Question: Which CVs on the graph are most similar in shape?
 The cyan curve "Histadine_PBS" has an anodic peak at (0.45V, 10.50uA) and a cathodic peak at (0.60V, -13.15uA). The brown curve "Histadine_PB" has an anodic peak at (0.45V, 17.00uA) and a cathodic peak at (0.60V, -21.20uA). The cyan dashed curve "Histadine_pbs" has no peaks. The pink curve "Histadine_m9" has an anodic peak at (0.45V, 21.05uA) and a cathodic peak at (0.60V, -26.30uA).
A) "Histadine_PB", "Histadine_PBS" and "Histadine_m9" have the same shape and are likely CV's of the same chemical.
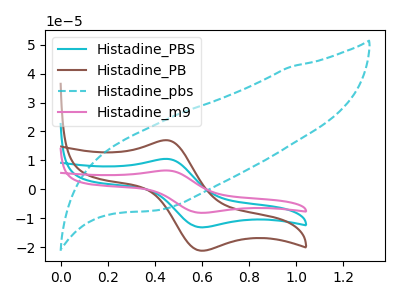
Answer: <think>All the peaks in "Histadine_PBS" have a peak in "Histadine_PB" at the same potential. Every peak in "Histadine_PBS" is lower than every peak in "Histadine_PB". "Histadine_PBS" and "Histadine_pbs" have a different number of peaks. All the peaks in "Histadine_PBS" have a peak in "Histadine_m9" at the same potential. Every peak in "Histadine_PBS" is lower than every peak in "Histadine_m9". "Histadine_PB" and "Histadine_pbs" have a different number of peaks. All the peaks in "Histadine_PB" have a peak in "Histadine_m9" at the same potential. Every peak in "Histadine_PB" is lower than every peak in "Histadine_m9". "Histadine_pbs" and "Histadine_m9" have a different number of peaks.
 </think>
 <answer>A) "Histadine_PB", "Histadine_PBS" and "Histadine_m9" have the same shape and are likely CV's of the same chemical.</answer>
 <eval>A</eval>